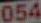
054